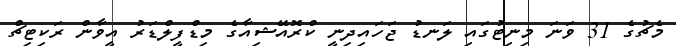
މެޗުގެ 31 ވަނަ މިނިޓުގައި ލަނޑު ޖަހައިދިނީ ކްރޮއޭޝިއާގެ މިޑްފީލްޑަރު އީވާން ރަކިޓިޗް